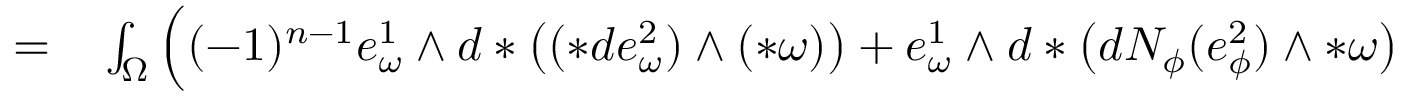
\begin{array} { r l } { = } & { { } \int _ { \Omega } \Big ( ( - 1 ) ^ { n - 1 } e _ { \omega } ^ { 1 } \wedge d \ast \big ( ( \ast d e _ { \omega } ^ { 2 } ) \wedge ( \ast \omega ) \big ) + e _ { \omega } ^ { 1 } \wedge d \ast \big ( d N _ { \phi } ( e _ { \phi } ^ { 2 } ) \wedge \ast \omega \big ) } \end{array}